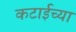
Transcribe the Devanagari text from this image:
कटाईच्या